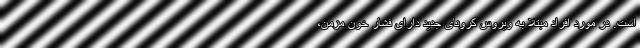
است. در مورد افراد مبتلا به ویروس کرونای جدید دارای فشار خون مزمن،